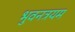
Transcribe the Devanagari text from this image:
भुवनत्रयम